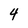
Character: 4